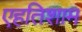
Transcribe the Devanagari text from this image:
एहतिशाम